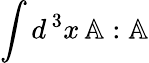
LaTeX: \int d^{\, 3}x\, \mathbb{A}:\mathbb{A}